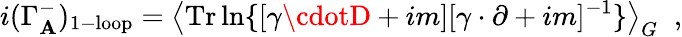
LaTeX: i(\Gamma_{\mathbf{A}}^{-})_{1-\mathrm{{loop}}}=\left\langle\mathrm{{Tr}}\ln\{ [\gamma\cdotD+im][\gamma\cdot\partial+im]^{-1}\} \right\rangle_{G}\; \; ,